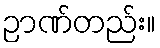
ဉာဏ်တည်း။